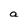
Character: a